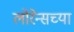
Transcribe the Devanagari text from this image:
लोरेन्सच्या